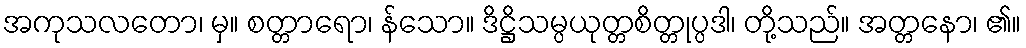
အကုသလတော၊ မှ။ စတ္တာရော၊ န်သော။ ဒိဋ္ဌိသမ္ပယုတ္တစိတ္တုပ္ပဒါ၊ တို့သည်။ အတ္တနော၊ ၏။